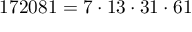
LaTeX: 1 7 2 0 8 1 = 7 \cdot 1 3 \cdot 3 1 \cdot 6 1